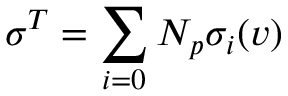
\sigma ^ { T } = \sum _ { i = 0 } { N _ { p } } \sigma _ { i } ( v )